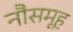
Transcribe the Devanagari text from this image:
नौसमूह